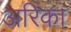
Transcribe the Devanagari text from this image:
अरिका